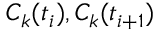
C _ { k } ( t _ { i } ) , C _ { k } ( t _ { i + 1 } )